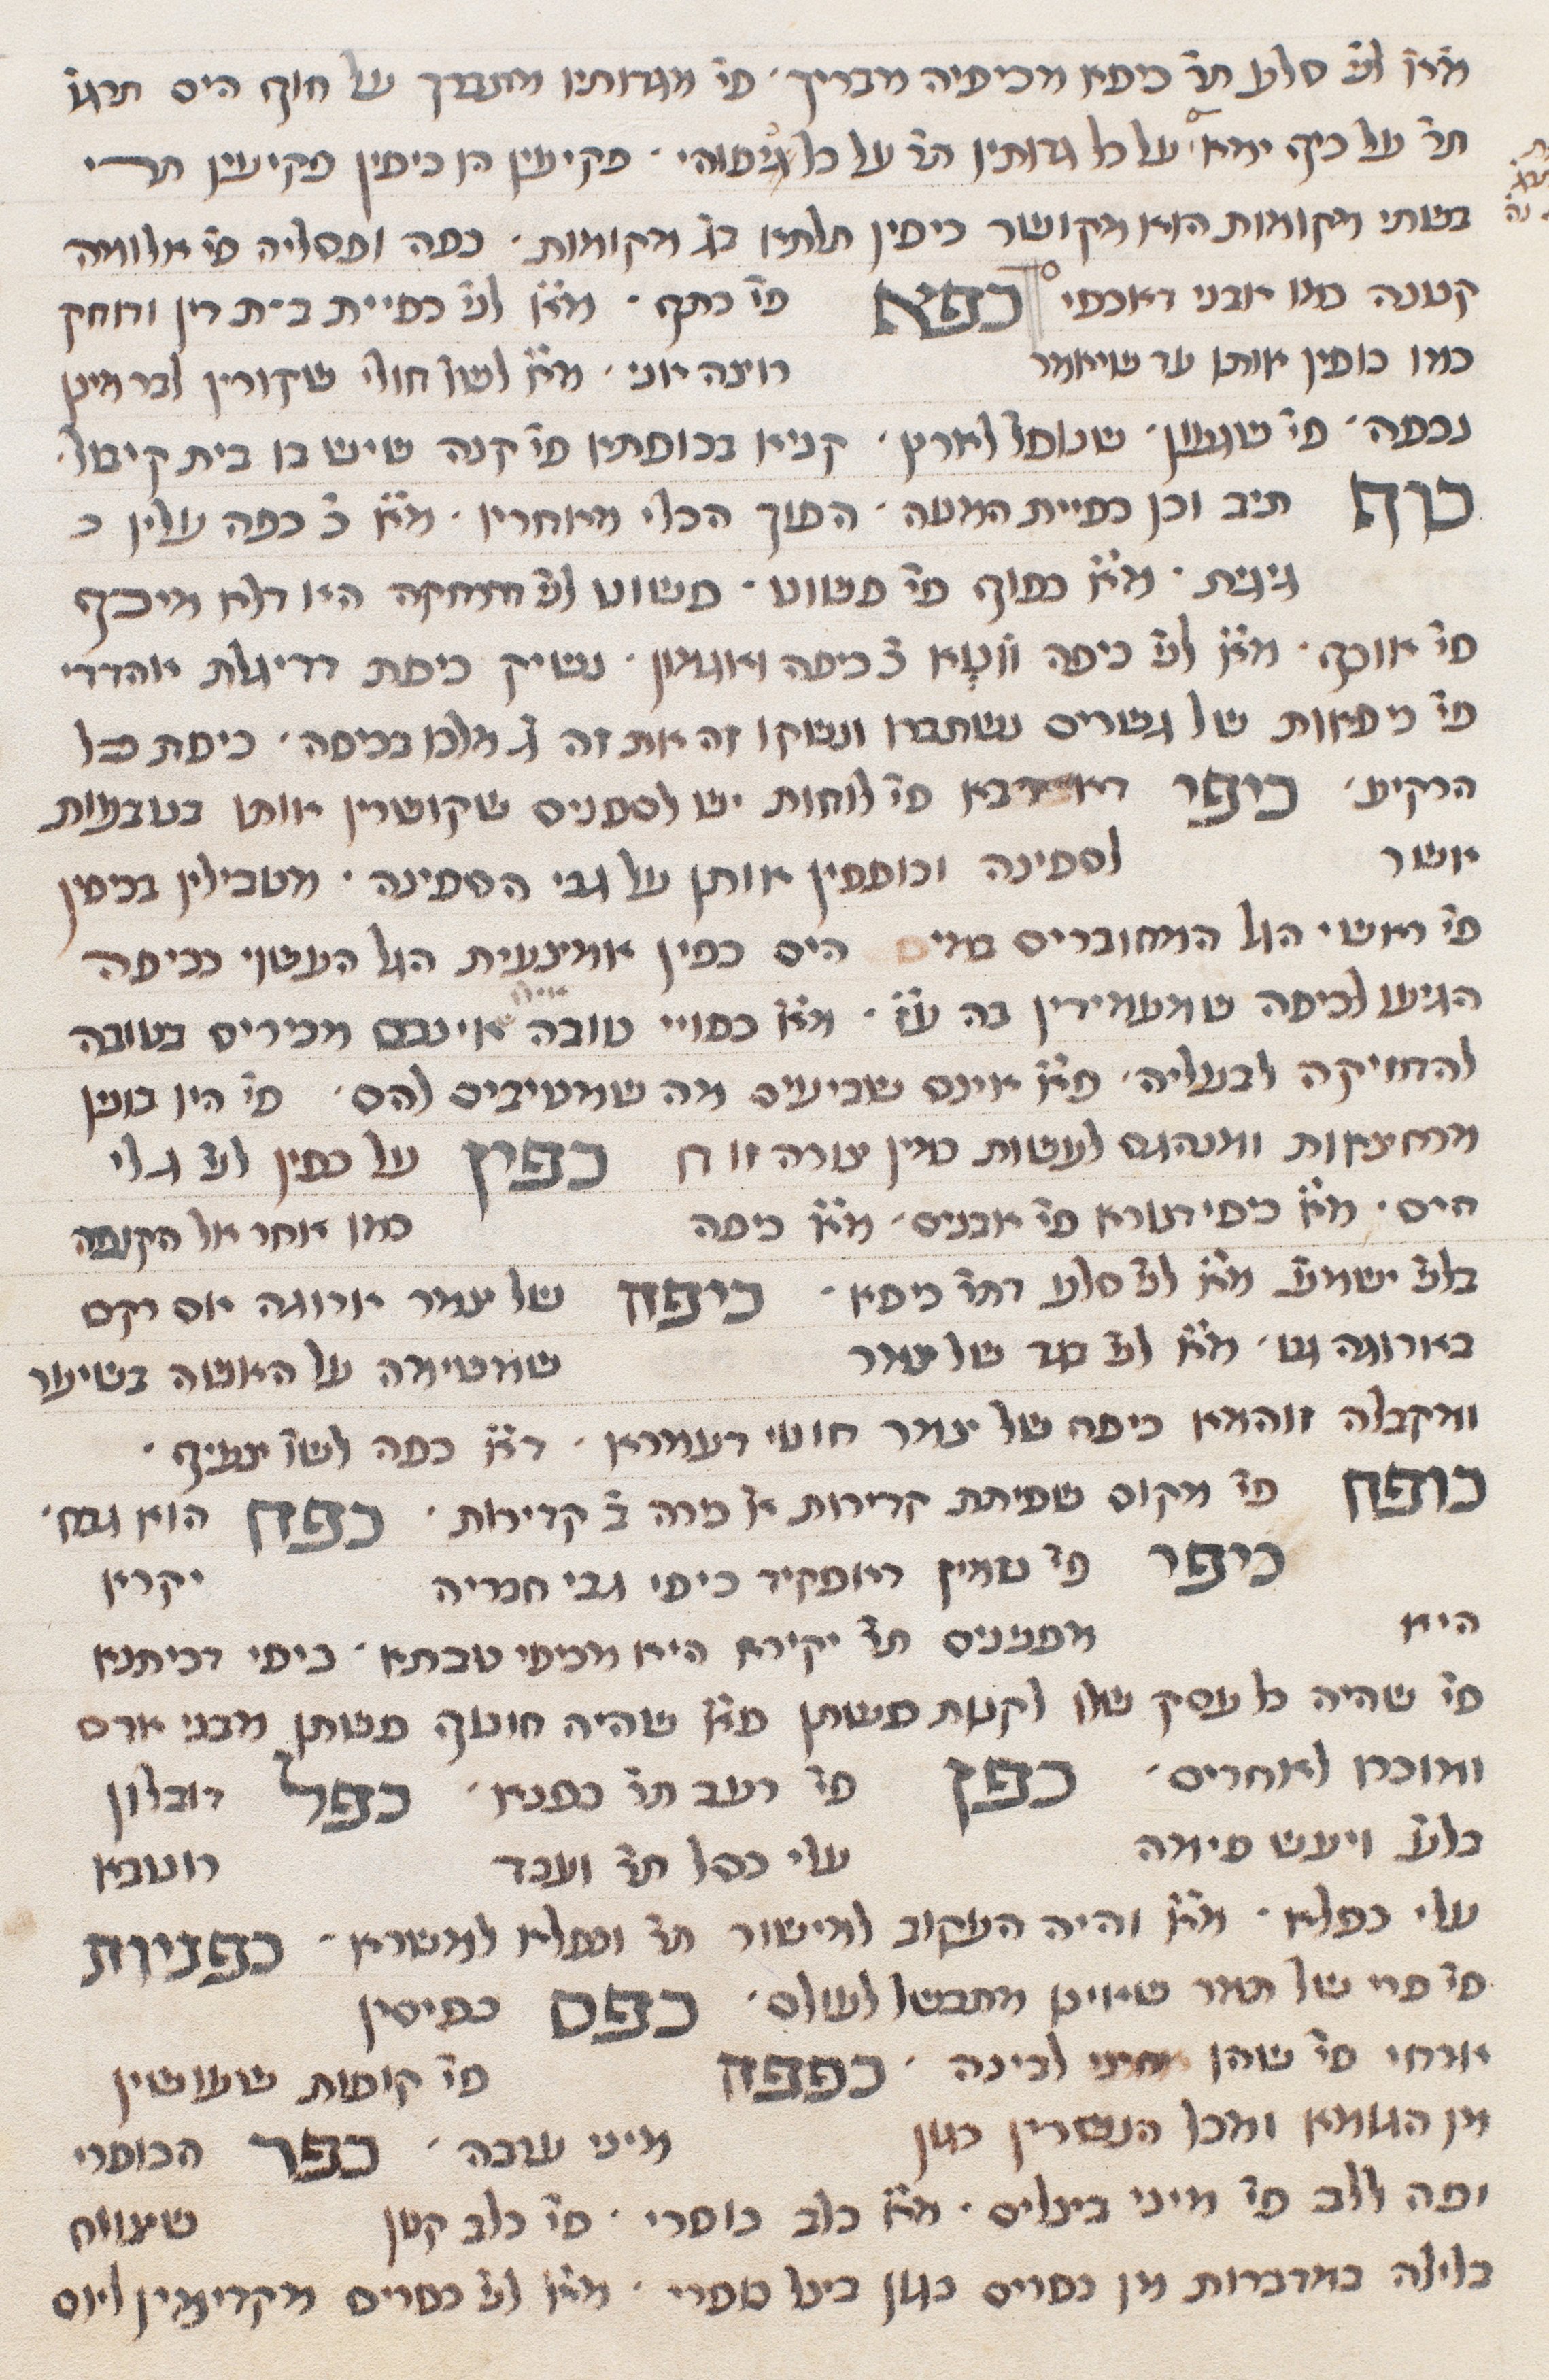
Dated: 1290–1290